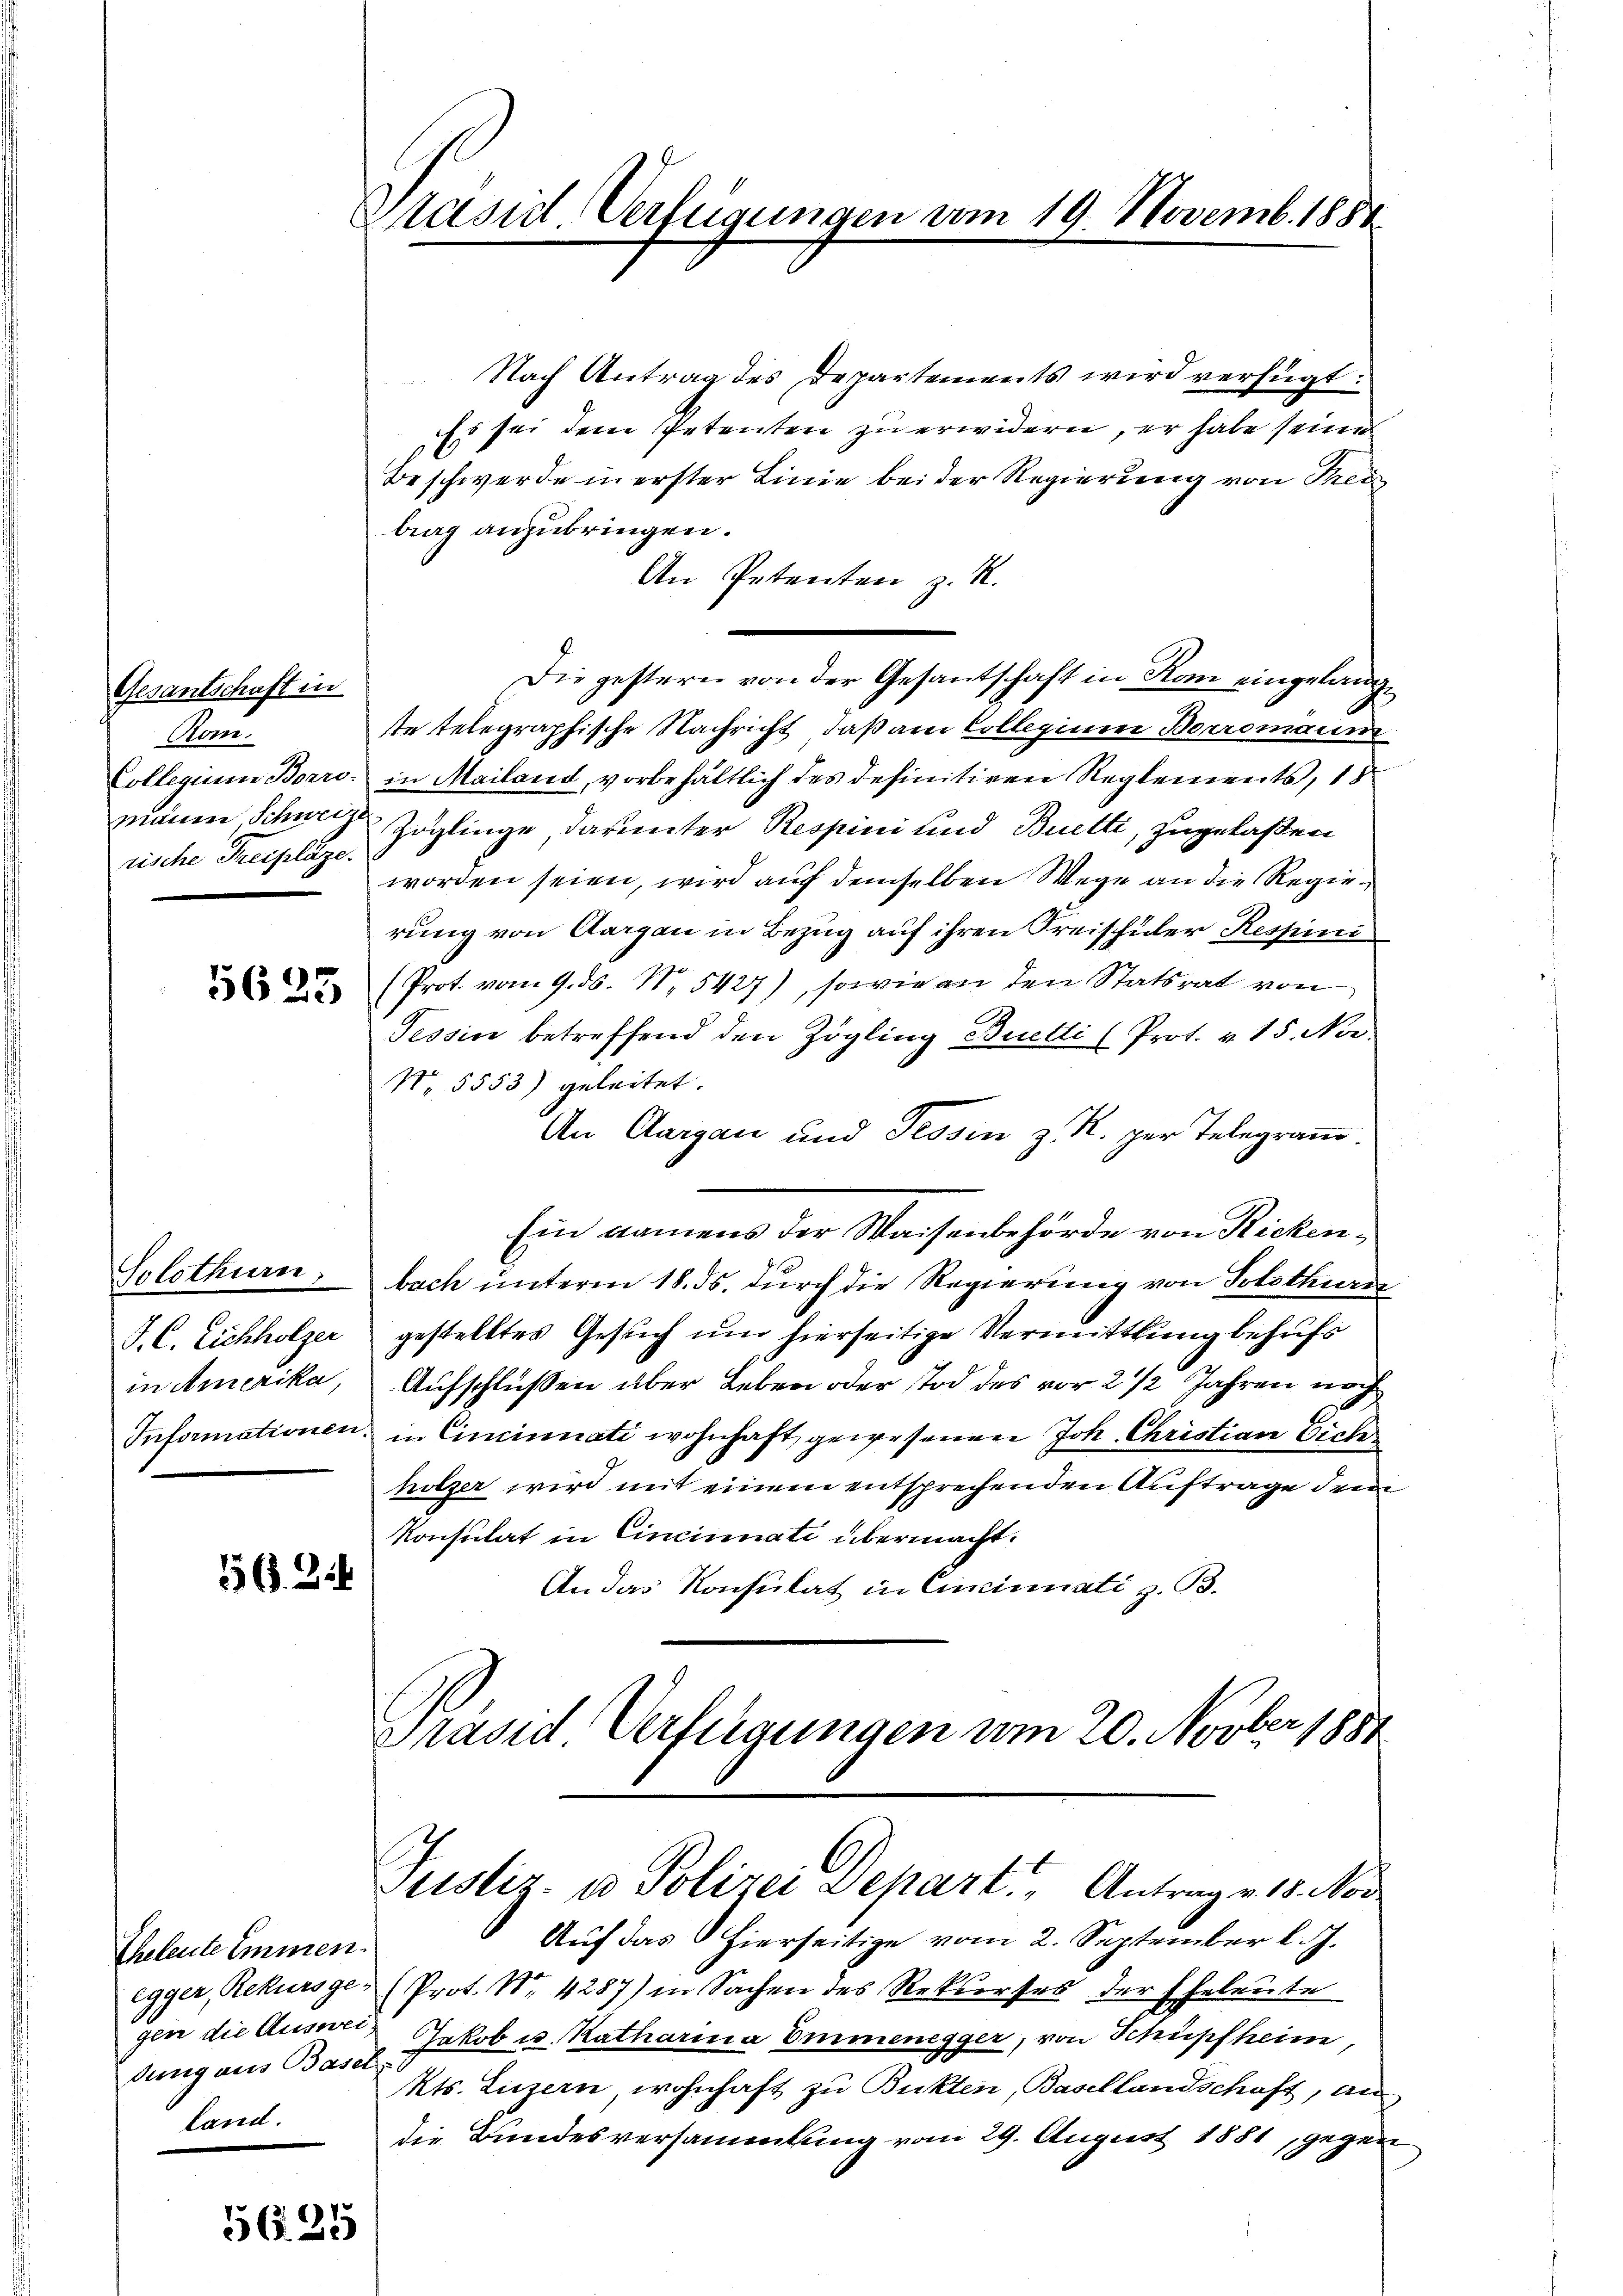
Gesantschaft in
Kom.
rische Freipläze.

5625

Solothurn,
J. C. Eichholzer
in Amerika,

56.3.4

Eheleute immen.
dung aus Basel
land.

56. 35

Präsid. Verfügungen vom 19. Novemb. 1888.

Nach Antrag des Departements wird verfügt:
Es sei dem Petenten zu erwidern, er habe seine
x
Beschwerde in erster Linie bei der Regierung von Thei
brag anzubringen.
An Petenten z. R.
ste telegraphische Nachricht, daß am Collegium Boromaun
Collegium Borro, in Mailand, vorbehältlich des definitiven Reglements, 18
manen Schweiz Zöglinge, darunter Respini und Buetti, zugelaßen
worden seien, wird auf demselben Wege an die Regierung von Aargau in Bezug auf ihren Freischuler Respini
(Prot. vom 9. ds. N. 5427), sowie an den Statsrat von
Tessin betreffend den Zögling Butti (Prot. v. 15. Nov.
N. 5553) geleitet.
An Aargau und Tessin z. R. per Telegram.
Ein namens der Waisenbehörde von Rickenbach unterm 18. ds. durch die Regierung von Solothurn
gestelltes Gesuch um hierseitige Vermittlung behufs
Aufschlüßen über Leben oder Tod des vor 2 1/2 Jahren noch
Informationen, in Cincinati wohnhaft gewesenen Joh. Christian Siche
holzer wird mit einem entsprechenden Auftrage den
Konsulat in Cincinnati übermacht.
An das Konsulat in Cincinati z. B.
Grand Verfügungen vom 20. Novber 1881

Die gestern von der Gesantschaft in Kan eingelang¬

Justiz- u Polizei Depart, Antrag v. 18. Nor

Auf das hierseitige vom 2. September l. J.
egger, Rekursge- (Prot. Nr. 4287) in Sachen des Rekurses der Eheleute
gen die Ausweil Jakob u. Katharina Emmenegger, von Schüpfheim
Kts. Luzern, wohnhaft zu Bukten, Basellandschaft, an
die Bundesversammlung vom 29. August 1881, gegen